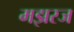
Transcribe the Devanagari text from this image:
मझरज